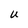
Character: U